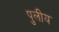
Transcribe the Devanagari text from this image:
पुलीय